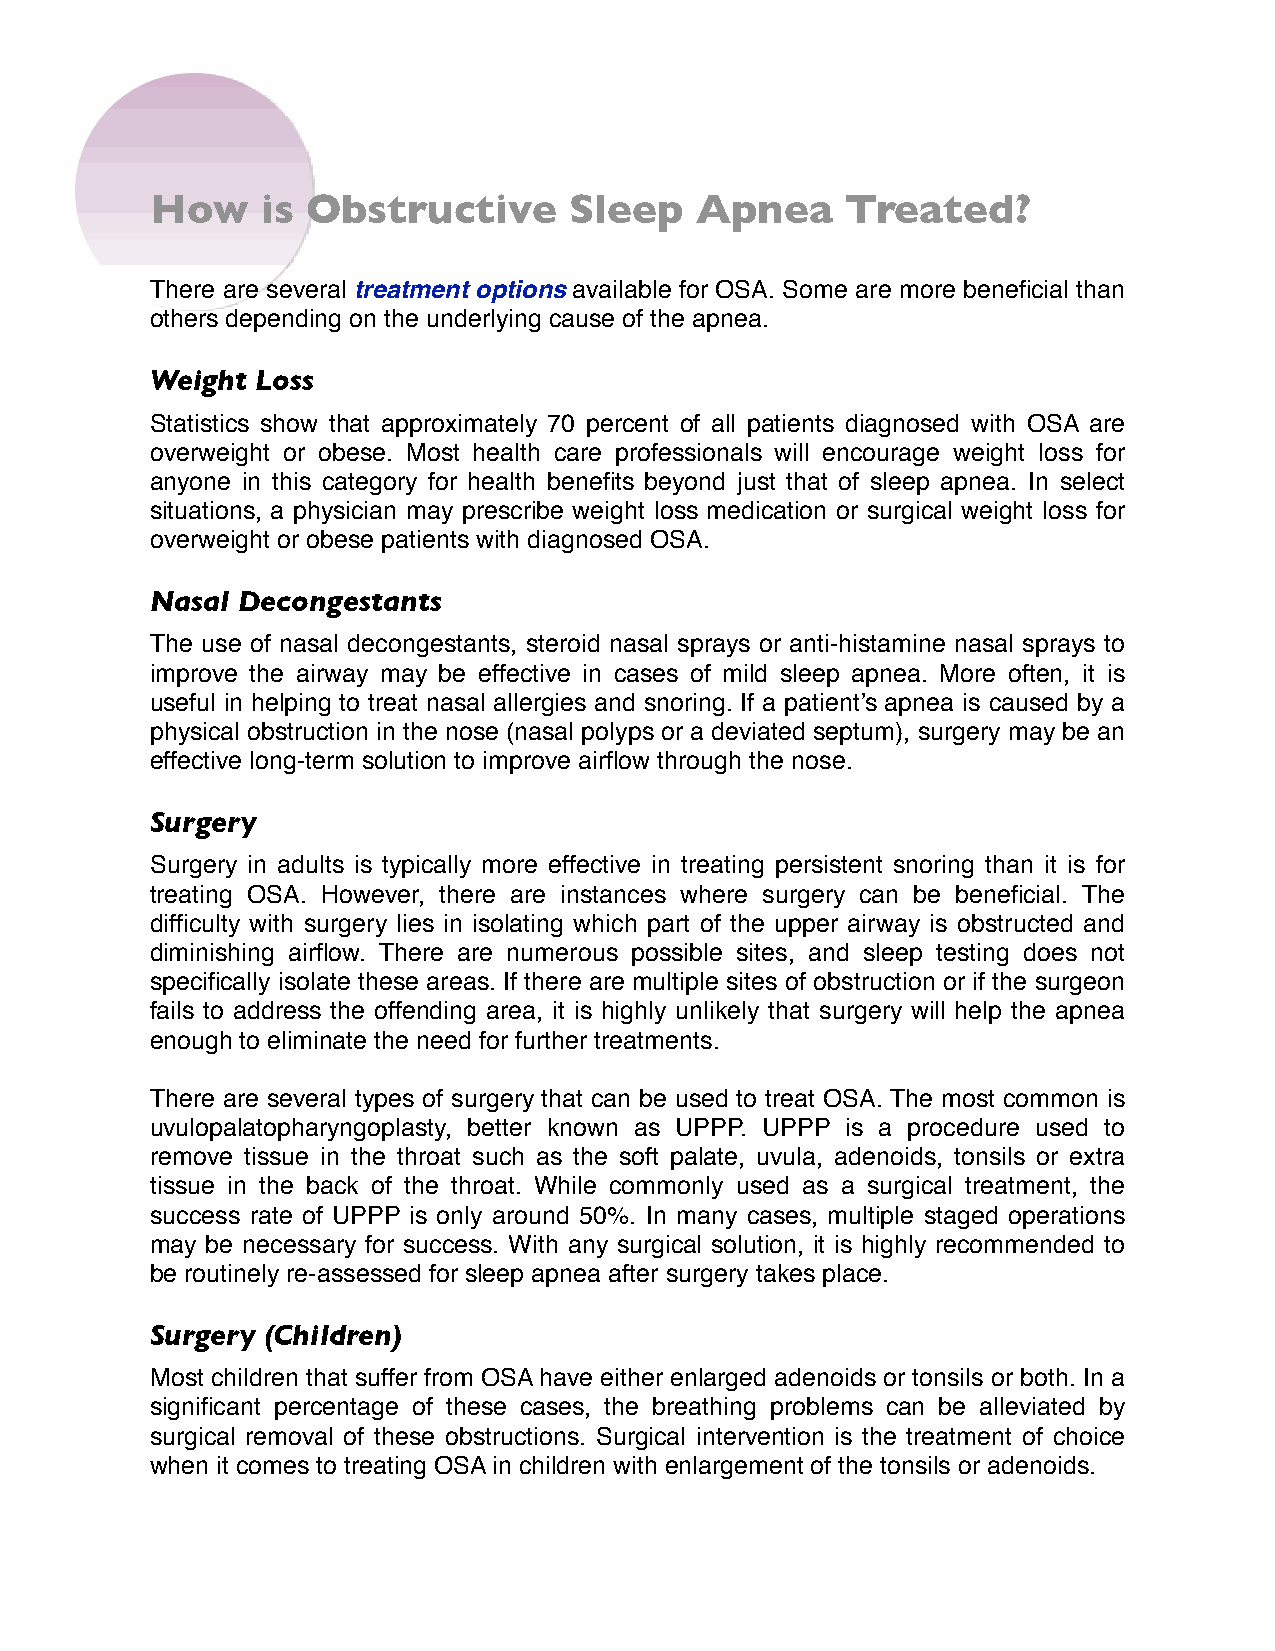
How    is Obstructive       Sleep   Apnea     Treated?
 There are several treatment options available for OSA. Some are more beneficial than
 others depending on the underlying cause of the apnea.
 Weight Loss
 Statistics show that approximately 70 percent of all patients diagnosed with OSA are
 overweight or obese. Most health care professionals will encourage weight loss for
 anyone in this category for health benefits beyond just that of sleep apnea. In select
 situations, a physician may prescribe weight loss medication or surgical weight loss for
 overweight or obese patients with diagnosed OSA.
 Nasal Decongestants
 The use of nasal decongestants, steroid nasal sprays or anti-histamine nasal sprays to
 improve the airway may be effective in cases of mild sleep apnea. More often, it is
 useful in helping to treat nasal allergies and snoring. If a patient’s apnea is caused by a
 physical obstruction in the nose (nasal polyps or a deviated septum), surgery may be an
 effective long-term solution to improve airflow through the nose.
 Surgery
 Surgery in adults is typically more effective in treating persistent snoring than it is for
 treating OSA. However, there are instances where surgery can be beneficial. The
 difficulty with surgery lies in isolating which part of the upper airway is obstructed and
 diminishing airflow. There are numerous possible sites, and sleep testing does not
 specifically isolate these areas. If there are multiple sites of obstruction or if the surgeon
 fails to address the offending area, it is highly unlikely that surgery will help the apnea
 enough to eliminate the need for further treatments.
 There are several types of surgery that can be used to treat OSA. The most common is
 uvulopalatopharyngoplasty, better known as UPPP. UPPP is a procedure used to
 remove tissue in the throat such as the soft palate, uvula, adenoids, tonsils or extra
 tissue in the back of the throat. While commonly used as a surgical treatment, the
 success rate of UPPP is only around 50%. In many cases, multiple staged operations
 may be necessary for success. With any surgical solution, it is highly recommended to
 be routinely re-assessed for sleep apnea after surgery takes place.
 Surgery (Children)
 Most children that suffer from OSA have either enlarged adenoids or tonsils or both. In a
 significant percentage of these cases, the breathing problems can be alleviated by
 surgical removal of these obstructions. Surgical intervention is the treatment of choice
 when it comes to treating OSA in children with enlargement of the tonsils or adenoids.